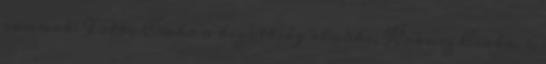
vannak: Fotta Csaba a bizottság elnöke, Krausz Csaba, 1,